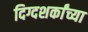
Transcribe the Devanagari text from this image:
दिग्दशर्कांच्या